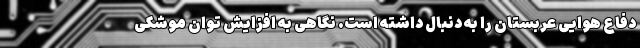
دفاع هوایی عربستان را به دنبال داشته است. نگاهی به افزایش توان موشکی